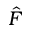
\hat { F }